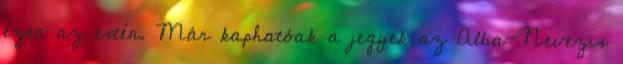
ezen az estén. Már kaphatóak a jegyek az Alba-Nevezis